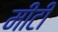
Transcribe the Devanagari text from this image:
मीटी